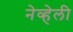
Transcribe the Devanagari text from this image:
नेव्हेली